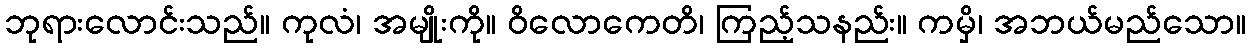
ဘုရားလောင်းသည်။ ကုလံ၊ အမျိုးကို။ ဝိလောကေတိ၊ ကြည့်သနည်း။ ကမှိ၊ အဘယ်မည်သော။